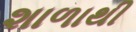
શાળાથી